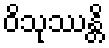
ဝိသုဿန္တိ